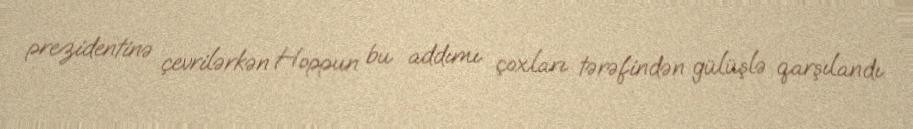
prezidentinə çevrilərkən Hoppun bu addımı çoxları tərəfindən gülüşlə qarşılandı.